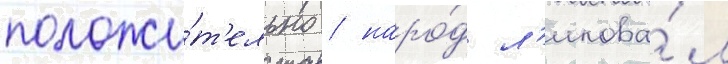
положи́т'ельно / наро́д л'икова́л